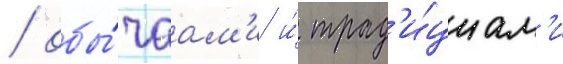
/ обы́чаам'и и́ трад'и́циам'и